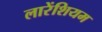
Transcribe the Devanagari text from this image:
लारेंशियम